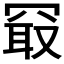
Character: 𪞔